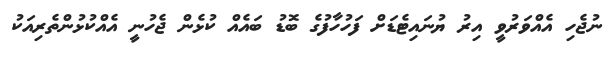
ނުޖެހި އެއްވަރުވީ އިރު ޔުނައިޓެޑަށް ފަހުހާފުގެ ބޮޑު ބައެއް ކުޅެން ޖެހުނީ އެއްކުޅުންތެރިއަކު